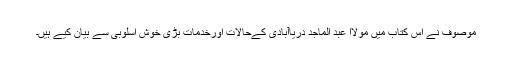
موصوف نے اس کتاب میں مولاا عبد الماجد دریاآبادی کےحالات اورخدمات بڑی خوش اسلوبی سے بیان کیے ہیں۔